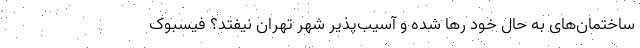
ساختمان‌های به حال خود رها شده و آسیب‌پذیر شهر تهران نیفتد؟ فیسبوک